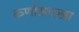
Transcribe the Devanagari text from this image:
कर्णासारखा